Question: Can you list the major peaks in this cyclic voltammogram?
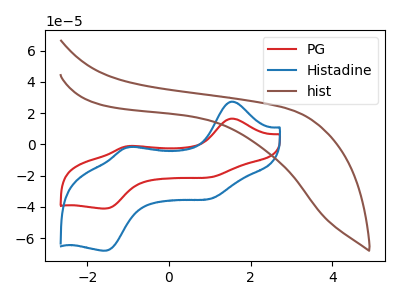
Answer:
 <answer>The red curve "PG" has anodic peaks at (1.55V, 16.55uA) (-0.95V, -0.95uA) and cathodic peaks at (1.10V, -20.60uA) (-1.55V, -40.95uA). The blue curve "Histadine" has anodic peaks at (1.55V, 27.45uA) (-0.95V, -1.60uA) and cathodic peaks at (1.10V, -34.15uA) (-1.55V, -67.90uA). The brown curve "hist" has no peaks.</answer>
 <eval></eval>